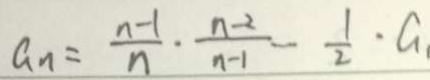
a _ { n } = \frac { n - 1 } { n } \cdot \frac { n - 2 } { n - 1 } - \frac { 1 } { 2 } \cdot G .